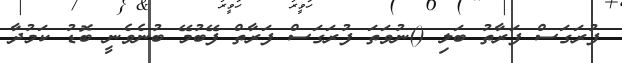
ފުރަގަސް ފަރާތު ބަލި ()ނުވަތަ ފުރަގަސް ފަރާތް ފޭބުމޭ ބުނެވެނީ ބޮޑު ކަމުދާ